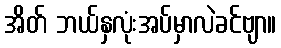
အိတ် ဘယ်နှလုံးအပ်မှာလဲခင်ဗျာ။